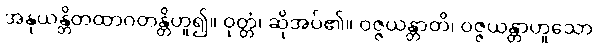
အနုယန္တိတထာဂတန္တိဟူ၍။ ဝုတ္တံ၊ ဆိုအပ်၏။ ဝဇ္ဇယန္တာတိ၊ ဝဇ္ဇယန္တာဟူသော